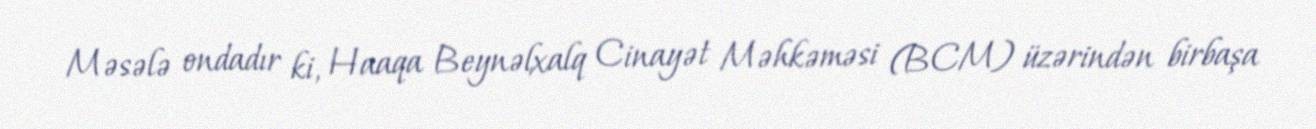
Məsələ ondadır ki, Haaqa Beynəlxalq Cinayət Məhkəməsi (BCM) üzərindən birbaşa